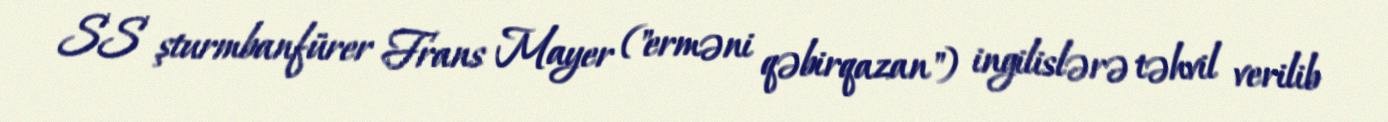
SS şturmbanfürer Frans Mayer ("erməni qəbirqazan") ingilislərə təhvil verilib